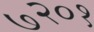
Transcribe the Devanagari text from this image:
७२०१